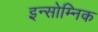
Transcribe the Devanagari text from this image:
इन्सोम्निक